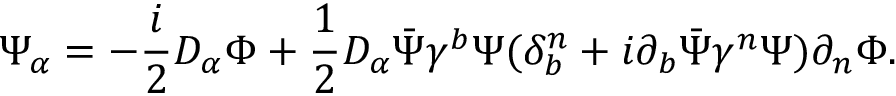
\Psi _ { \alpha } = - { \frac { i } { 2 } } D _ { \alpha } \Phi + { \frac { 1 } { 2 } } D _ { \alpha } \bar { \Psi } \gamma ^ { b } \Psi ( \delta _ { b } ^ { n } + i \partial _ { b } \bar { \Psi } \gamma ^ { n } \Psi ) \partial _ { n } \Phi .